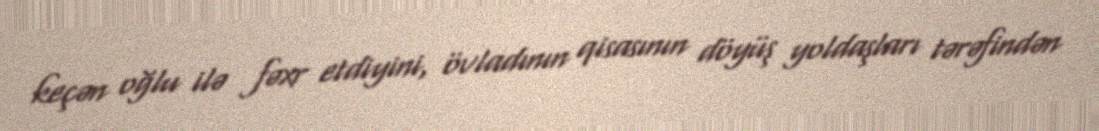
keçən oğlu ilə fəxr etdiyini, övladının qisasının döyüş yoldaşları tərəfindən